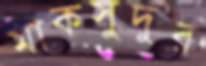
মাকসুদুর